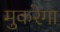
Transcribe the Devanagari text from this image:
मुकरेगा